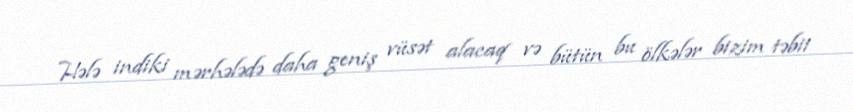
Hələ indiki mərhələdə daha geniş vüsət alacaq və bütün bu ölkələr bizim təbii